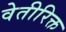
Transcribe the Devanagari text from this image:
वेतीरिक्त